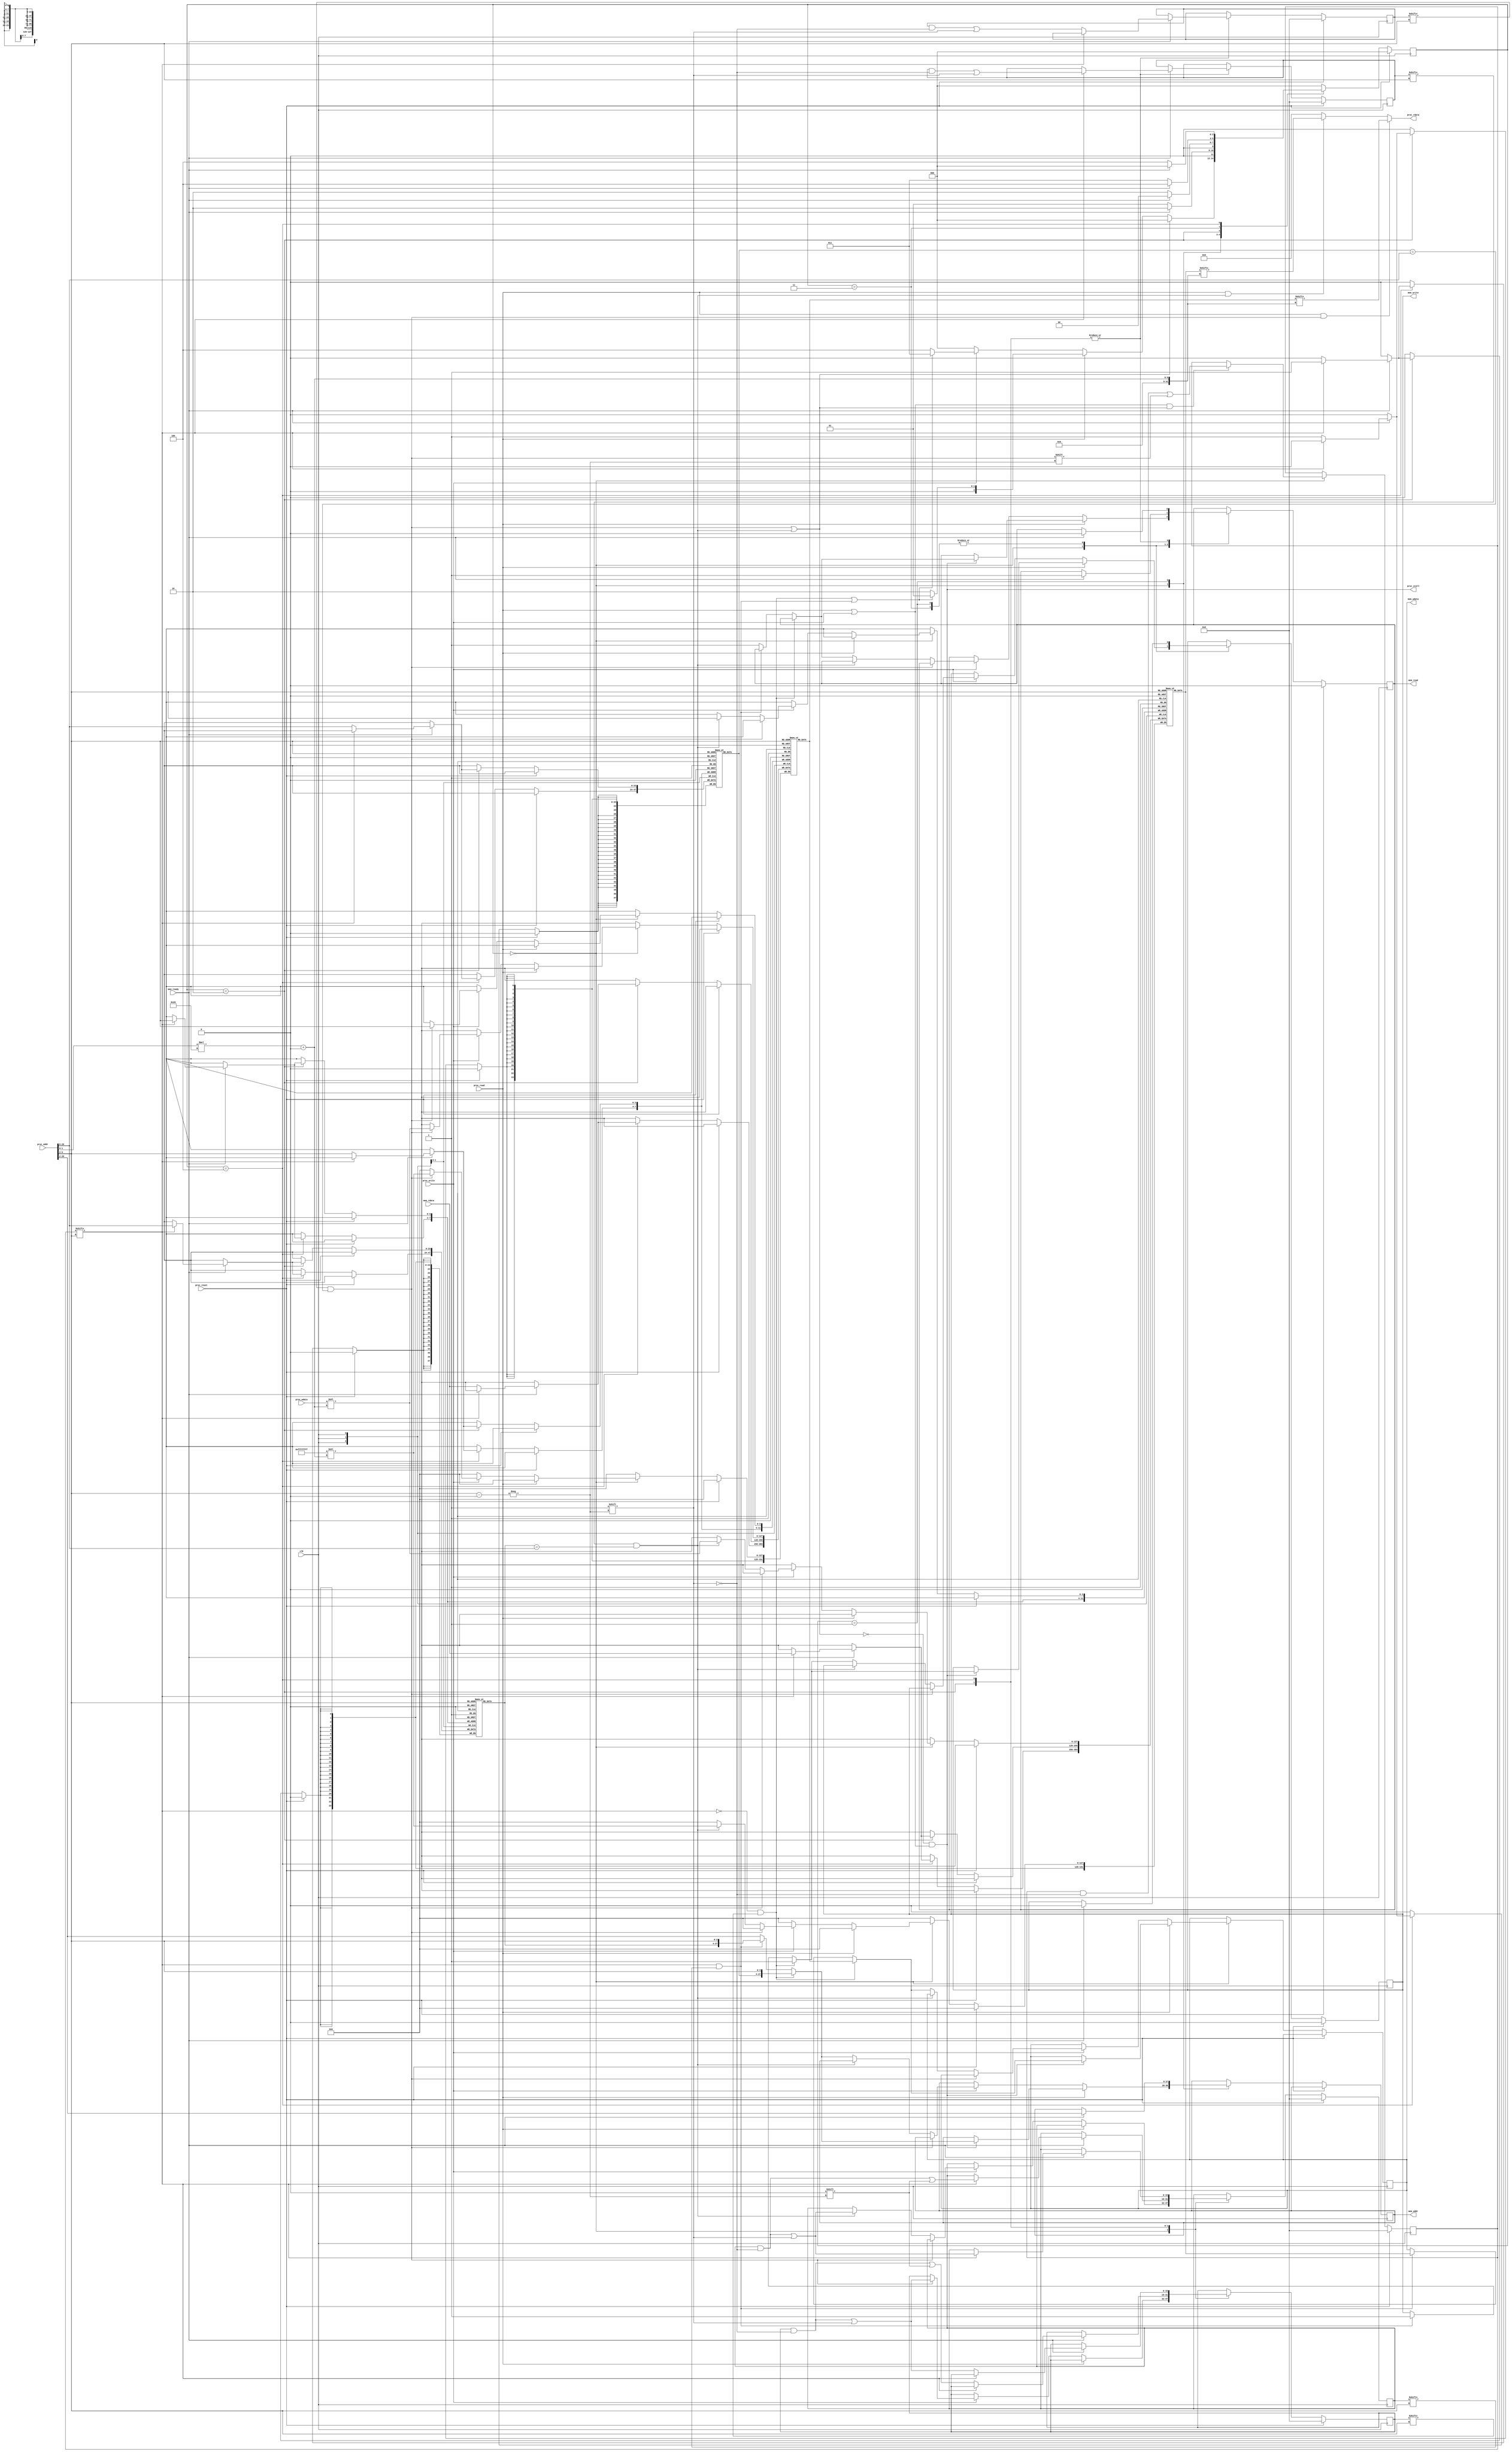
module L2cache(//32-set 128-word finished
    clk,
    proc_reset,
    proc_read,
    proc_write,
    proc_addr,
    proc_rdata,
    proc_wdata,
    proc_stall,
    mem_read,
    mem_write,
    mem_addr,
    mem_rdata,
    mem_wdata,
    mem_ready
);
    
//==== input/output definition ============================
    input          clk;
    // processor interface
    input          proc_reset;
    input          proc_read, proc_write;
    input   [29:0] proc_addr;
    input   [31:0] proc_wdata;
    output         proc_stall;
    output  [31:0] proc_rdata;
    // memory interface
    input  [127:0] mem_rdata;
    input          mem_ready;
    output         mem_read, mem_write;
    output  [27:0] mem_addr;
    output [127:0] mem_wdata;
    
//==== wire/reg definition ================================
    reg            mem_read, mem_write;
    reg     [27:0] mem_addr;
    reg    [127:0] mem_wdata;

    reg      [2:0] state_w;
    reg      [2:0] state;
    reg      [15:0] valid1, valid2;
    reg      [15:0] dirty1, dirty2;
    reg      [15:0] lru;             // 0:data1 1:data2
    reg     [29:6] tag1    [0:15], tag2    [0:15];
    reg    [127:0] data1   [0:15], data2   [0:15];
    wire           hit1, hit2;
    wire     [5:2] set;
//==== combinational circuit ==============================
    localparam S_IDLE = 3'd0;
    localparam S_WBRD = 3'd1;
    localparam S_RD   = 3'd2;
    localparam S_WB   = 3'd3;
    localparam S_RDWB = 3'd4;

    assign set = proc_addr[5:2];
assign proc_stall = (~(hit1 | hit2))&&(proc_read|proc_write);
assign proc_rdata = proc_read & hit1
                  ? data1[set][proc_addr[1:0]*32+:32]
                  : proc_read & hit2
                  ? data2[set][proc_addr[1:0]*32+:32]
                  : 32'd0;
    assign hit1 = valid1[set] & (tag1[set] == proc_addr[29:6]);
    assign hit2 = valid2[set] & (tag2[set] == proc_addr[29:6]);

always@(*) begin
    case (state)
    S_IDLE: begin
        if (hit1 | hit2)
            state_w = S_IDLE;
        else if (proc_read)
            state_w = (~lru[set] & dirty1[set] | lru[set] & dirty2[set]) ? S_WBRD : S_RD;
        else if (proc_write)
            state_w = (~lru[set] & dirty1[set] | lru[set] & dirty2[set]) ? S_WB : S_RDWB;
        else
            state_w = S_IDLE;
    end
    S_WBRD:
        state_w = mem_ready ? S_RD : S_WBRD;
    S_RD:
        state_w = mem_ready ? S_IDLE : S_RD;
    S_WB:
        state_w = mem_ready ? S_RDWB : S_WB;
    S_RDWB:
        state_w = mem_ready ? S_IDLE : S_RDWB;
    default:
        state_w = S_IDLE;
    endcase
end
//==== sequential circuit =================================
always@( posedge clk ) begin
    if( proc_reset ) begin
        mem_read   <= 0;
        mem_write  <= 0;
        state   <= S_IDLE;
        valid1  <= 16'b0;
        valid2  <= 16'b0;
        dirty1  <= 16'b0;
        dirty2  <= 16'b0;
        lru     <= 16'b0;
    end
    else begin
        state   <= state_w;
        case (state)
        S_IDLE: begin
            if (proc_read) begin
                if (proc_stall) begin
                    if (~lru[set] & dirty1[set]) begin
                        mem_write  <= 1;
                        mem_addr   <= {tag1[set],set};
                        mem_wdata  <= data1[set];
                    end else if (lru[set] & dirty2[set]) begin
                        mem_write  <= 1;
                        mem_addr   <= {tag2[set],set};
                        mem_wdata  <= data2[set];
                    end else begin
                        mem_read   <= 1;
                        mem_addr   <= proc_addr[29:2];
                    end
                end
            end
            else if (proc_write) begin
                if (hit1) begin
                    dirty1[set] <= 1;
                    data1[set][proc_addr[1:0]*32+:32] <= proc_wdata;
                end else if (hit2) begin
                    dirty2[set] <= 1;
                    data2[set][proc_addr[1:0]*32+:32] <= proc_wdata;
                end else if (~lru[set] & dirty1[set]) begin
                    mem_write  <= 1;
                    mem_addr   <= {tag1[set],set};
                    mem_wdata  <= data1[set];
                end else if (lru[set] & dirty2[set]) begin
                    mem_write  <= 1;
                    mem_addr   <= {tag2[set],set};
                    mem_wdata  <= data2[set];
                end else begin
                    mem_read   <= 1;
                    mem_addr   <= proc_addr[29:2];
                end
            end
            if ((proc_read | proc_write) & (hit1 | hit2))
                lru[set] <= hit1;
        end
        S_WBRD:
            if (mem_ready) begin
                mem_read   <= 1;
                mem_write  <= 0;
                mem_addr   <= proc_addr[29:2];
            end
        S_RD:
            if (mem_ready) begin
                mem_read   <= 0;
                if (~lru[set]) begin
                    valid1[set] <= 1;
                    dirty1[set] <= 0;
                    tag1  [set] <= proc_addr[29:6];
                    data1 [set] <= mem_rdata;
                end else begin
                    valid2[set] <= 1;
                    dirty2[set] <= 0;
                    tag2  [set] <= proc_addr[29:6];
                    data2 [set] <= mem_rdata;
                end
            end
        S_WB:
            if (mem_ready) begin
                mem_read   <= 1;
                mem_write  <= 0;
            end
        S_RDWB:
            if (mem_ready) begin
                mem_read   <= 0;
                if (~lru[set]) begin
                    valid1[set] <= 1;
                    dirty1[set] <= 1;
                    tag1  [set] <= proc_addr[29:6];
                    data1 [set] <= mem_rdata;
                end else begin
                    valid2[set] <= 1;
                    dirty2[set] <= 1;
                    tag2  [set] <= proc_addr[29:6];
                    data2 [set] <= mem_rdata;
                end
            end
        endcase
    end
end

endmodule